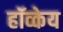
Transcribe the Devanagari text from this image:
हॉव्केय